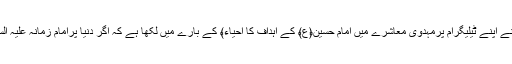
خبررساں ایجنسی شبستان کی رپورٹ کےمطابق مہدویت کے محقق حجة الاسلام والمسلمین رحیم کارگرنے اپنے ٹیلیگرام پرمہدوی معاشرے میں امام حسین﴿ع﴾ کے اہداف کا احیاء﴾ کے بارے میں لکھا ہے کہ اگر دنیا پرامام زمانہ علیہ السلام کی کامیابی معجزے یا تکوینی ولایت کے ذریعے ہو تو پھر افراد کی تیاری کی ضرورت نہیں ہے۔